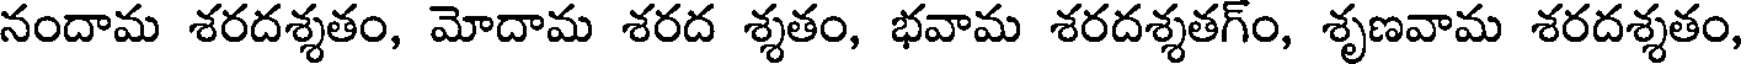
నందామ శరదశ్శతం, మోదామ శరద శ్శతం, భవామ శరదశ్శతగ్ం, శృణవామ శరదశ్శతం,